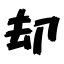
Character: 却